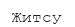
Житсу